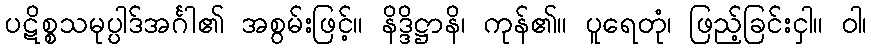
ပဋိစ္စသမုပ္ပါဒ်အင်္ဂါ၏ အစွမ်းဖြင့်။ နိဒ္ဒိဋ္ဌာနိ၊ ကုန်၏။ ပူရေတုံ၊ ဖြည့်ခြင်းငှါ။ ဝါ၊